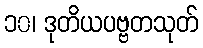
၁၀၊ ဒုတိယပဗ္ဗတသုတ်